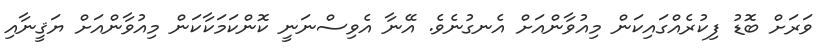
ވަރަށް ބޮޑު ފިކުރެއްގައިކަން މިއުވާންއަށް އެނގުނެވެ. އޭނާ އެވިސްނަނީ ކޮންކަމަކާކަން މިއުވާންއަށް ޔަޤީނާއި